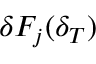
\delta F _ { j } ( \delta _ { T } )